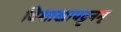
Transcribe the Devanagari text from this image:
विशाखापट्टनम्